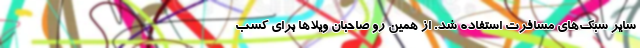
سایر سبک‌های مسافرت استفاده شد. از همین رو صاحبان ویلاها برای کسب